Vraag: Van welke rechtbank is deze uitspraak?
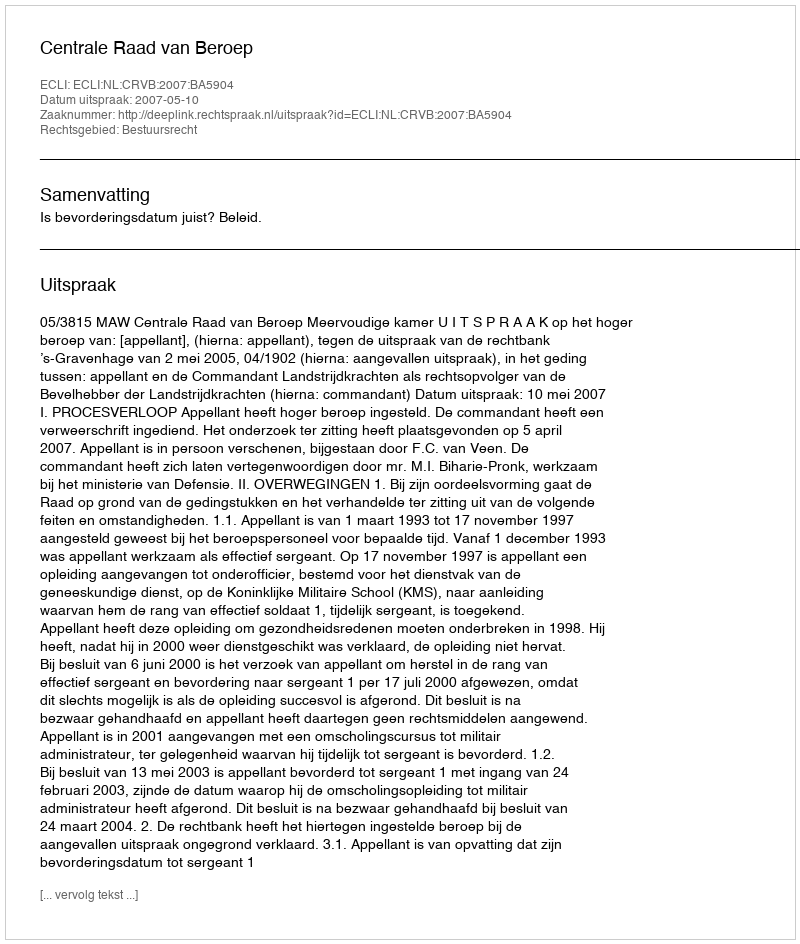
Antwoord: Centrale Raad van Beroep